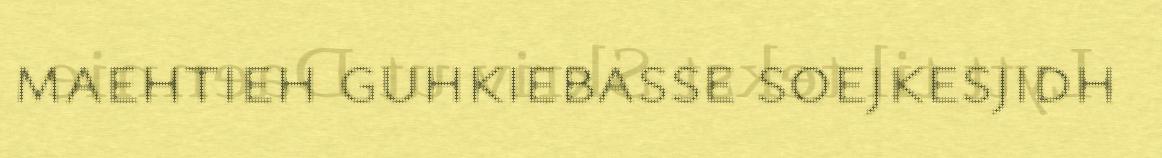
maehtieh guhkiebasse soejkesjidh